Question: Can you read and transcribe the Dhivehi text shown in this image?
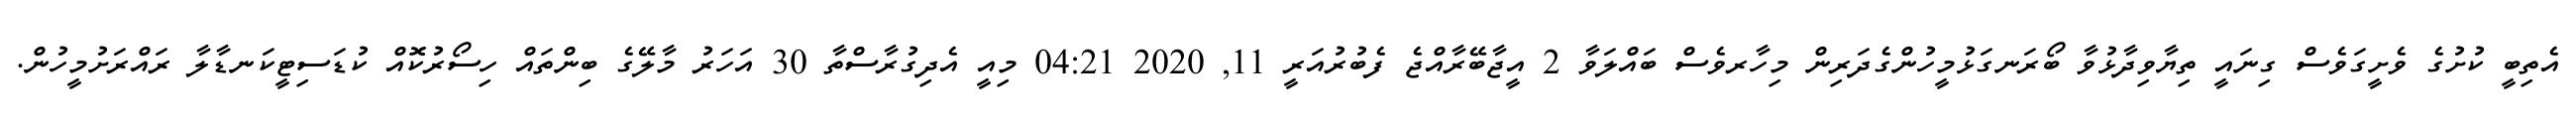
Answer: އެތިބީ ކުށުގެ ވެށީގަވެސް ގިނައީ ތިޔާވިދާޅުވާ ބޯރަނގަޅުމީހުންގެދަރިން މިހާރވެސް ބައްލަވާ 2 އީޖާބޭރާއްޖެ ފެބުރުއަރީ 11, 2020 04:21 މިއީ އެދިގުރާސްތާ 30 އަހަރު މާލޭގެ ބިންތައް ހިސޯރުކޮއް ކުޑަސިޓީކަނޑާލާ ރައްރަށުމީހުން.